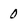
Character: 0